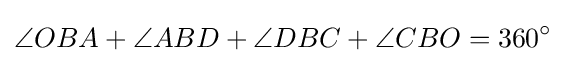
\angle OBA+\angle ABD+\angle DBC+\angle CBO=360^{\circ }